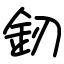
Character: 釰